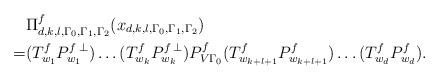
LaTeX: \begin{align*}& \Pi^f_{d,k,l,\Gamma_0, \Gamma_1, \Gamma_2} (x_{d,k,l, \Gamma_0, \Gamma_1, \Gamma_2} ) \\= &(T_{w_{1} }^{f} P_{w_{1}}^{f \:\perp} ) \ldots (T_{w_{k}}^{f} P_{w_{k}}^{f \: \perp}) P_{V\Gamma_0}^f (T_{w_{k+l+1}}^{f} P_{w_{k+l+1}}^{f} ) \ldots ( T_{w_{ d }}^{f} P_{w_{ d }}^{f} ). \end{align*}